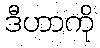
ဒီဟာကို